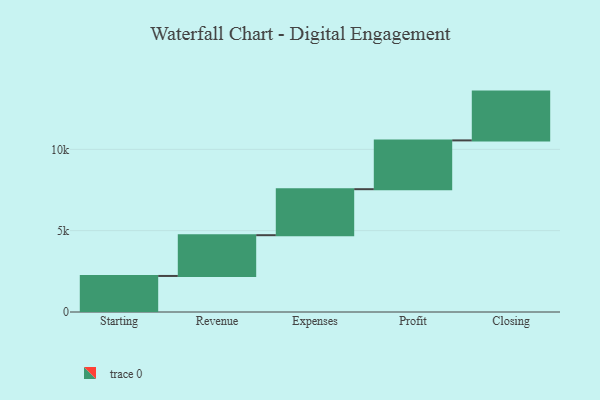
{"axis": {"x": "Step", "y": "Value"}, "legend": [""], "data": [{"x": "Starting", "y": 2216.0, "type": ""}, {"x": "Revenue", "y": 2506.0, "type": ""}, {"x": "Expenses", "y": 2828.0, "type": ""}, {"x": "Profit", "y": 3000, "type": ""}, {"x": "Closing", "y": 3000, "type": ""}]}